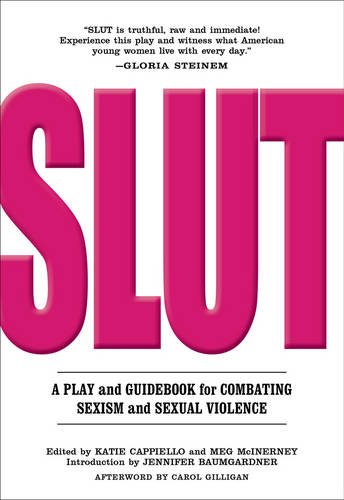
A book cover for SLUT: A Play and Guidebook for Combating Sexism and Sexual Violence; Katie Cappiello; Literature & Fiction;